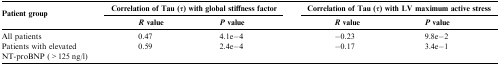
<table><thead><tr><td><b>Patient group</b></td><td colspan="2"><b>Correlation of Tau (<i>τ</i>) with global stiffness factor</b></td><td colspan="2"><b>Correlation of Tau (<i>τ</i>) with LV maximum active stress</b></td></tr><tr><td><b><i>R</i> value</b></td><td><b><i>P</i> value</b></td><td><b><i>R</i> value</b></td><td><b><i>P</i> value</b></td></tr></thead><tbody><tr><td>All patients</td><td>0.47</td><td>4.1e−4</td><td>−0.23</td><td>9.8e−2</td></tr><tr><td>Patients with elevated NT-proBNP (&gt;125 ng/l)</td><td>0.59</td><td>2.4e−4</td><td>−0.17</td><td>3.4e−1</td></tr></tbody></table>